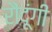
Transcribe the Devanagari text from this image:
रौंदूंगी